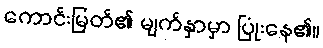
ကောင်းမြတ်၏ မျက်နှာမှာ ပြုံးနေ၏။